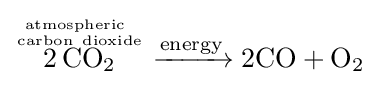
{{\overset {\mathrm {atmospheric} ~ \atop {{\text{carbon}}\ {\text{dioxide}}}}{2\,\mathrm {CO} {\vphantom {A}}_{\smash[{t}]{2}}}}{}\mathrel {\xrightarrow {\text{energy}} } {}{\text{2CO}}{}+{}\mathrm {O} {\vphantom {A}}_{\smash[{t}]{2}}}